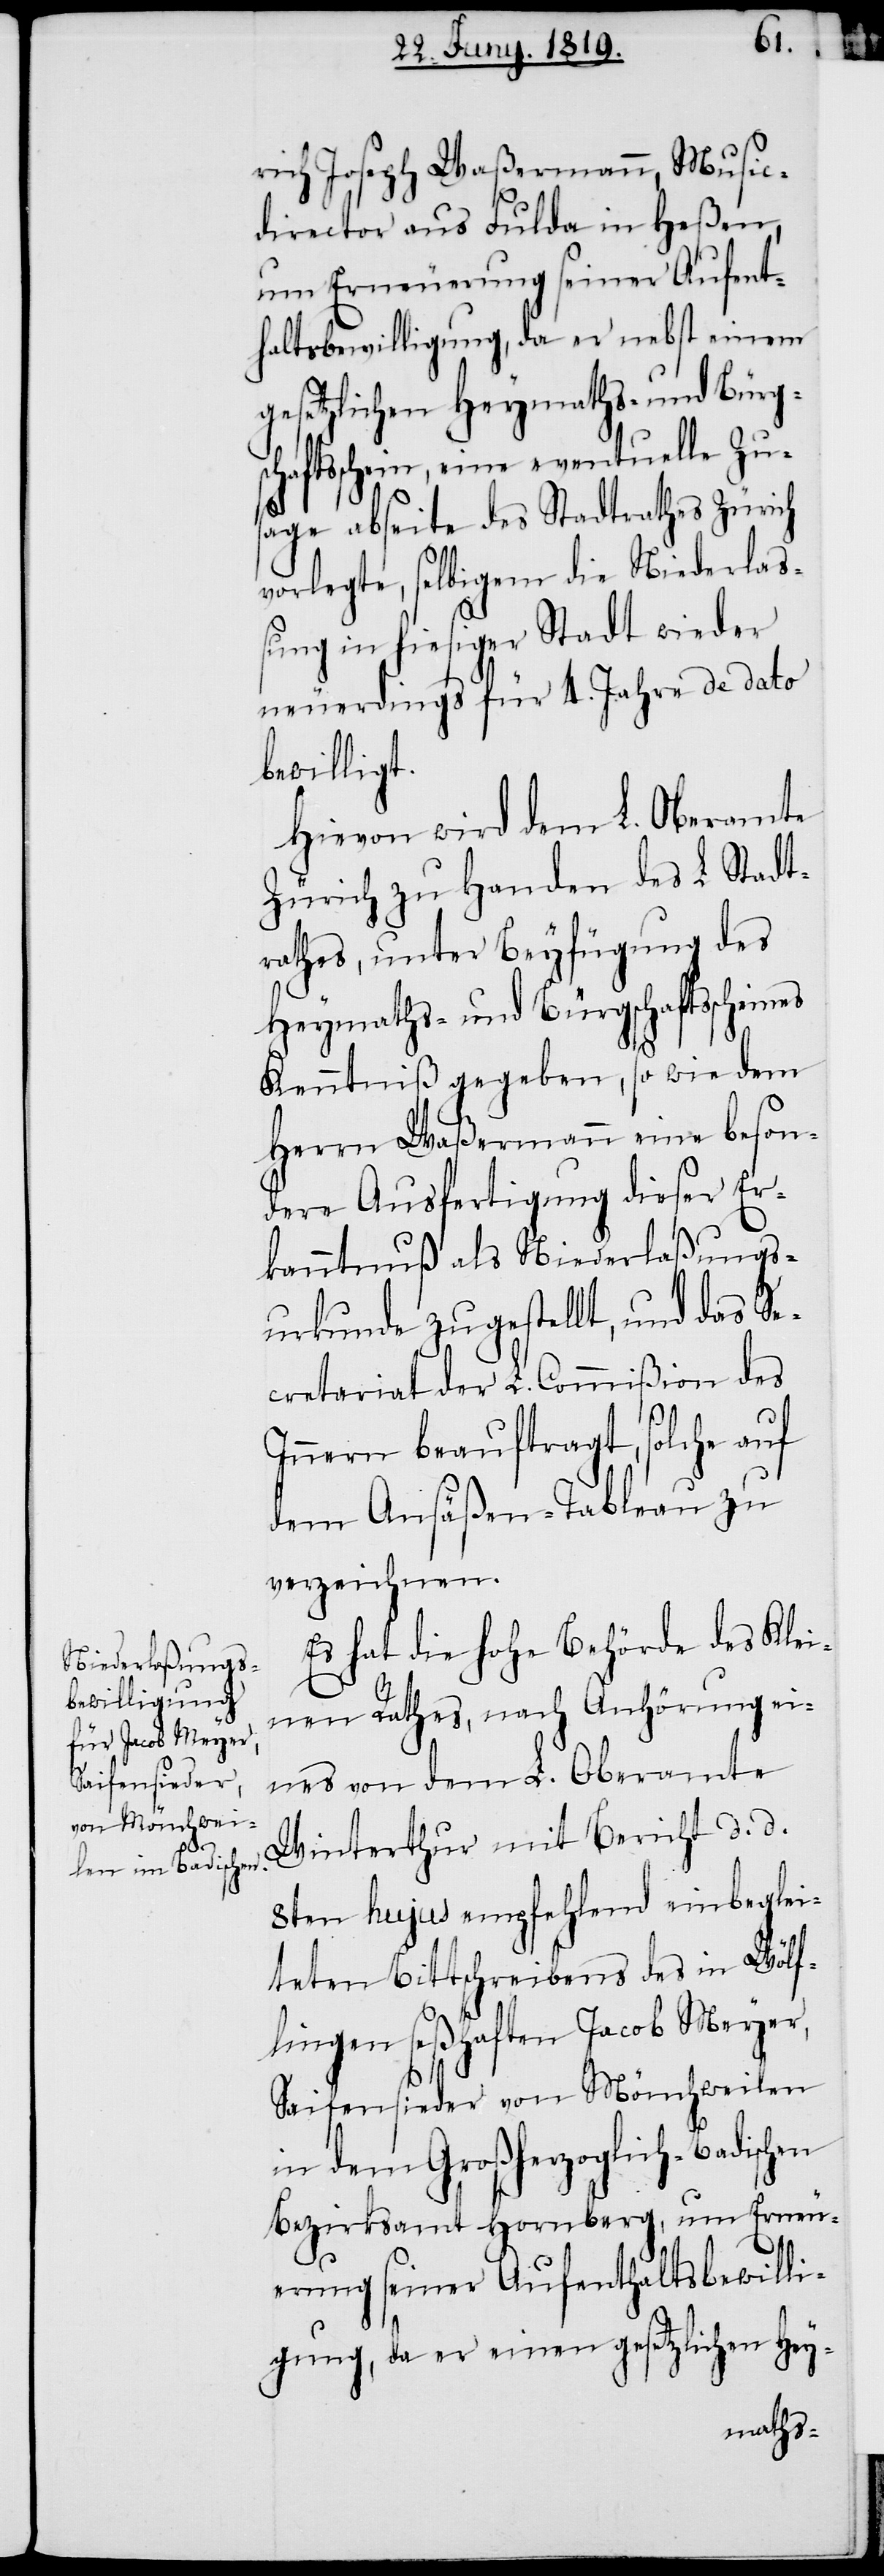
rich Joseph Waßermann, Music¬
director aus Fulda in Heßen,
um Erneuerung seiner Aufent¬
haltsbewilligung, da er nebst einem
gesetzlichen Heymaths- und Bürgsc¬
haftsschein, eine eventuelle Zu¬
sage abseite des Stadtrathes Zürich
vorlegte, selbigem die Niederlas¬
sung in hiesiger Stadt wieder
neuerdings für 4. Jahre de dato
bewilligt.
Hievon wird dem L. Oberamte
Zürich zu Handen des L. Stadt¬
rathes, unter Beyfügung des
Heymaths- und Bürgschaftsschein¬
Kenntniß gegeben, so wie dem
Herrn Waßermann eine beson¬
dere Ausfertigung dieser Er¬
kanntnuß als Niederlaßungs¬
urkunde zugestellt, und das Se¬
cretariat der L. Commißion des
Innern beauftragt, solche auf
dem Ansäßen-Tableau zu
verzeichnen.
Es hat die hohe Behörde des Klei¬
nen Rathes, nach Anhörung ei¬
nes von dem L. Oberamte
Winterthur mit Bericht d. d.
8ten hujus empfehlend einbeglei¬
teten Bittschreibens des in Wölf¬
lingen seßhaften Jacob Meyer,
Saifensieder von Mönchweilen
in dem Großherzoglich-Badischen
Bezirksamt Hornberg, um Erneu¬
erung seiner Aufenthaltsbewilli¬
gung, da er einen gesetzlichen Hey-

es